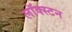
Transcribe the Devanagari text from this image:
लॉक्स्टन